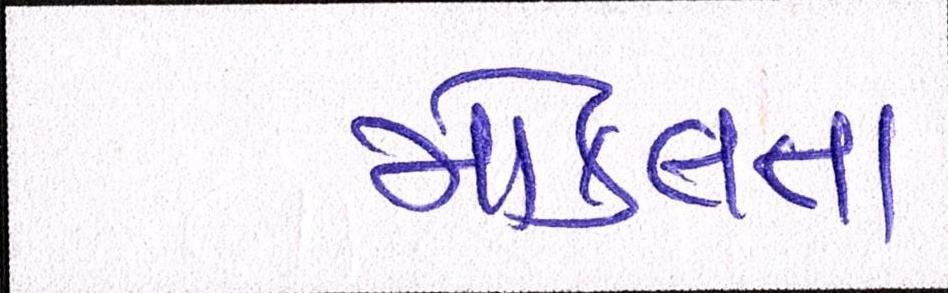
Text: મોકલતા